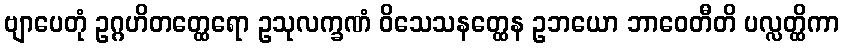
ဗျာပေတုံ ဥဂ္ဂဟိတတ္ထေရော ဥသုလက္ခဏံ ဝိသေသနတ္ထေန ဥဘယော ဘာဝေတီတိ ပလ္လတ္ထိကာ